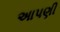
અાપણી